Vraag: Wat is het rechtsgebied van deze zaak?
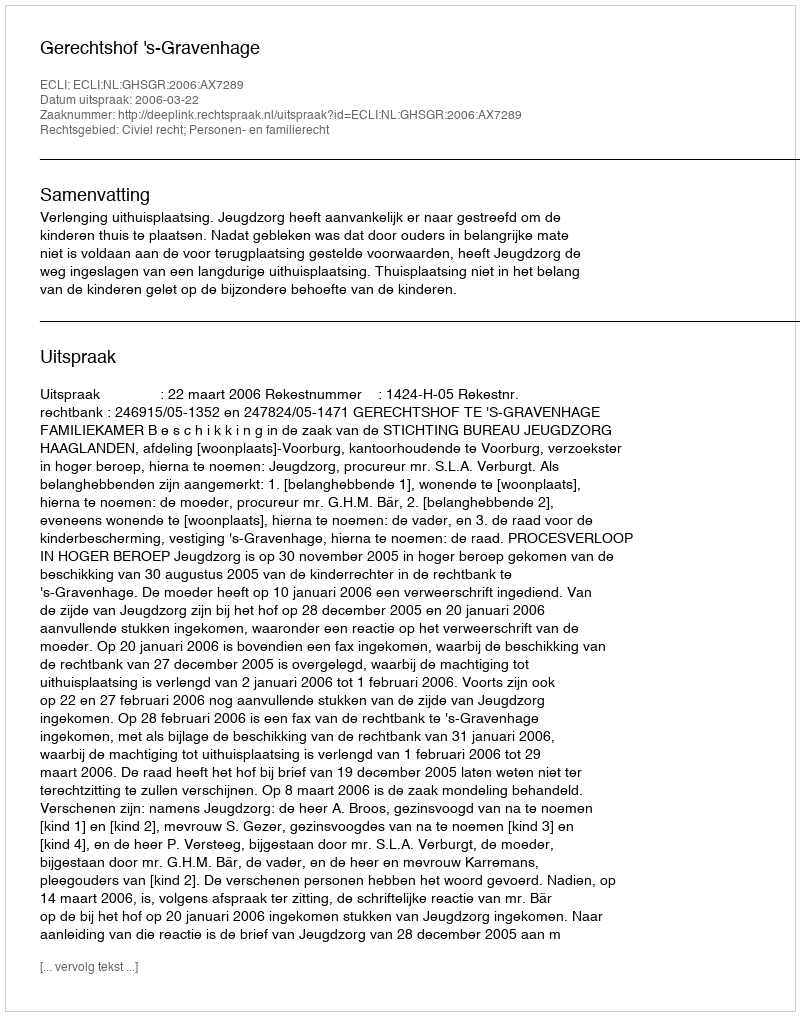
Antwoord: Civiel recht; Personen- en familierecht